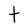
Character: t